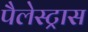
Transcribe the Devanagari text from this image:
पैलेस्ट्रास